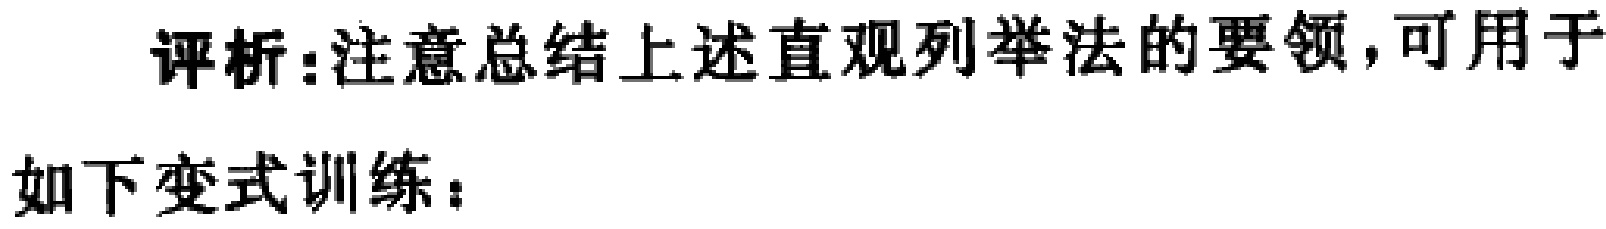
评析:注意总结上述直观列举法的要领,可用于

如下变式训练：